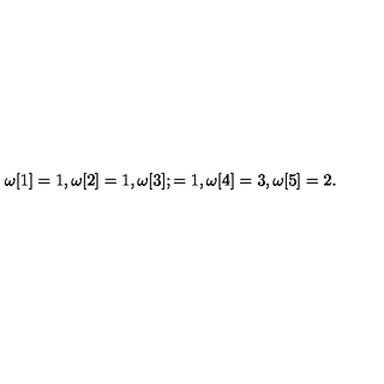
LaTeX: \omega [ 1 ] = 1 , \omega [ 2 ] = 1 , \omega [ 3 ] ; = 1 , \omega [ 4 ] = 3 , \omega [ 5 ] = 2 .